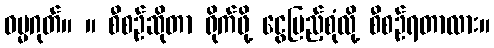
ဓမ္မဂုတ်။ ။ စီစဉ်ဆိုတာ ရိုက်ဖို့ ငွေပြည့်စုံလို့ စီစဉ်ရတာလား။